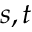
s , t